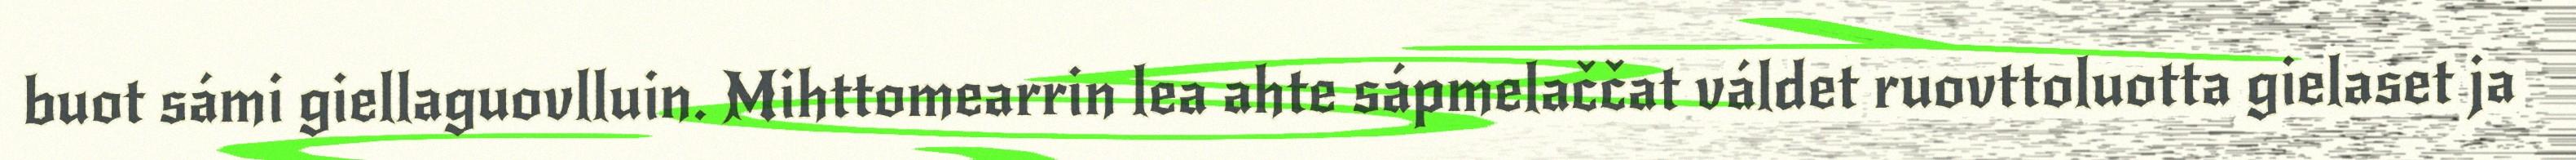
buot sámi giellaguovlluin. Mihttomearrin lea ahte sápmelaččat váldet ruovttoluotta gielaset ja